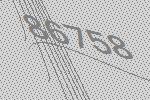
86758